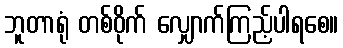
ဘူတာရုံ တစ်ဝိုက် လျှောက်ကြည့်ပါရစေ။